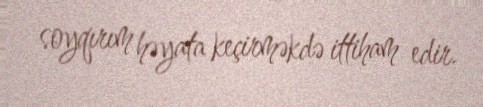
soyqırım həyata keçirməkdə ittiham edir.